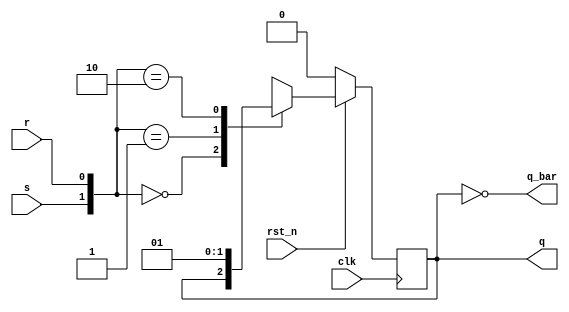
module SR_flipflop (
 input clk, rst_n,
 input s,r,
 output reg q,
 output q_bar
 );
 // always@(posedge clk or negedge rst_n) // for asynchronous reset
 always@(posedge clk) begin // for synchronous reset
 if(!rst_n) q <= 0;
 else begin
 case({s,r})
 2'b00: q <= q; // No change
 2'b01: q <= 1'b0; // reset
 2'b10: q <= 1'b1; // set
 2'b11: q <= 1'bx; // Invalid inputs
 endcase
 end
 end
 assign q_bar = ~q;
endmodule